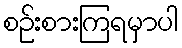
စဉ်းစားကြရမှာပါ